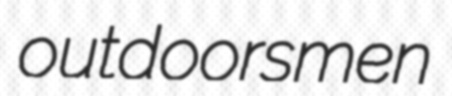
outdoorsmen